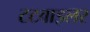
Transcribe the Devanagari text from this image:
टटवाइलर